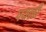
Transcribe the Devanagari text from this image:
पयली